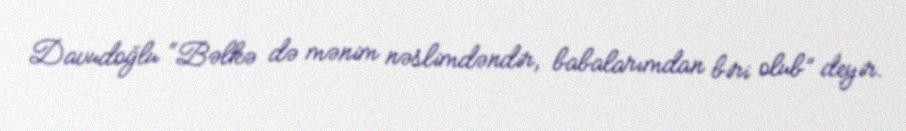
Davudoğlu “Bəlkə də mənim nəslimdəndir, babalarımdan biri olub” deyir.